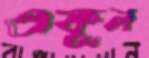
ওকূল